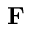
{ \bf { F } }